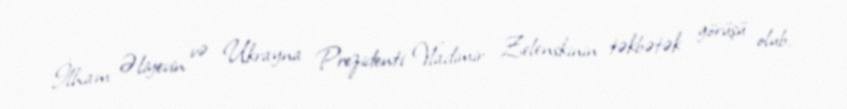
İlham Əliyevin və Ukrayna Prezidenti Vladimir Zelenskinin təkbətək görüşü olub.